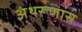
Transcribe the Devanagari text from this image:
अंथरूणास